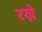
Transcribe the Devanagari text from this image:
रख्ने